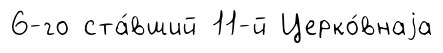
6-го ста́вший 11-й Церко́внаjа